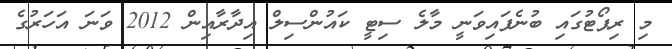
މި ރިޕޯޓުގައި ބުނެފައިވަނީ މާލެ ސިޓީ ކައުންސިލް އިދާރާއިން 2012 ވަނަ އަހަރުގެ